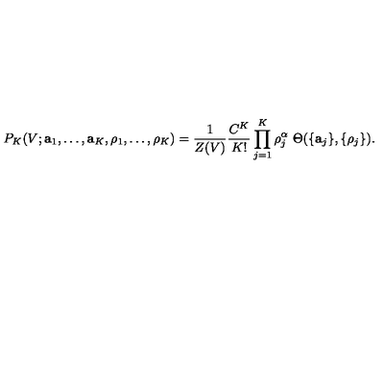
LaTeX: P _ { K } ( V ; { \bf a } _ { 1 } , \ldots , { \bf a } _ { K } , \rho _ { 1 } , \ldots , \rho _ { K } ) = \frac { 1 } { Z ( V ) } \frac { C ^ { K } } { K ! } \prod _ { j = 1 } ^ { K } \rho _ { j } ^ { \alpha } \ \Theta ( \{ { \bf a } _ { j } \} , \{ \rho _ { j } \} ) .